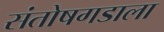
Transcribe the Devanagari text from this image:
संतोषगडाला